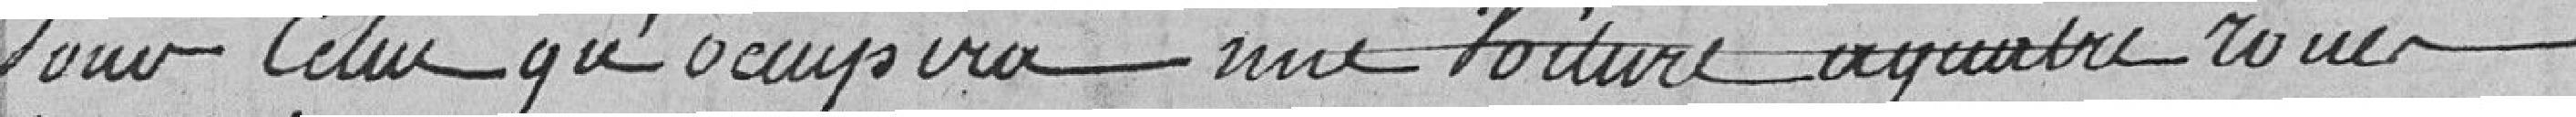
Pour celui qu'occupera une voiture à quatre roues